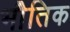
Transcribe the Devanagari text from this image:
भोैतिक